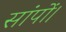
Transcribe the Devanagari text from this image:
सांपों।